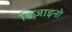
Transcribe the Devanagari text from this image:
डिज़ाइनो